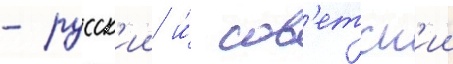
- русск'ии и́ сов'етск'ии